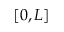
[ 0 , L ]